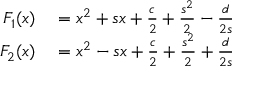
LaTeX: \begin{array} { r l } { F _ { 1 } ( x ) } & { { } = x ^ { 2 } + s x + { \frac { c } { 2 } } + { \frac { s ^ { 2 } } { 2 } } - { \frac { d } { 2 s } } } \\ { F _ { 2 } ( x ) } & { { } = x ^ { 2 } - s x + { \frac { c } { 2 } } + { \frac { s ^ { 2 } } { 2 } } + { \frac { d } { 2 s } } } \end{array}